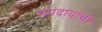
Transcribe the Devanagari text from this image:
संप्रदायांची